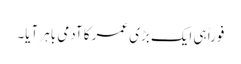
فوراً ہی ایک بڑی عمر کا آدمی باہر آیا۔